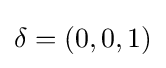
\delta =(0,0,1)